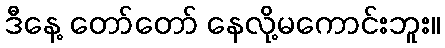
ဒီနေ့ တော်တော် နေလို့မကောင်းဘူး။